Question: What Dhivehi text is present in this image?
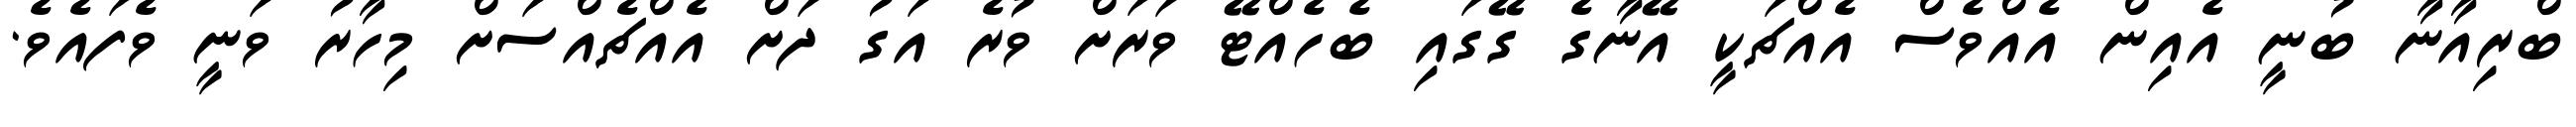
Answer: ބްރިއާނާ ބުނީ އެއިން އެއްވެސް އެއްޗަކީ އޭނާގެ ގޭގައި ބެހެއްޓޭ ވަރަށް ވުރެ އަގު ދަށް އެއްޗެއްސަށް މިހާރު ވަނީ ވެފައެވެ.